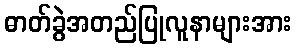
ဓာတ်ခွဲအတည်ပြုလူနာများအား